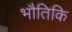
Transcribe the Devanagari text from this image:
भौतिकि